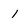
Character: 1